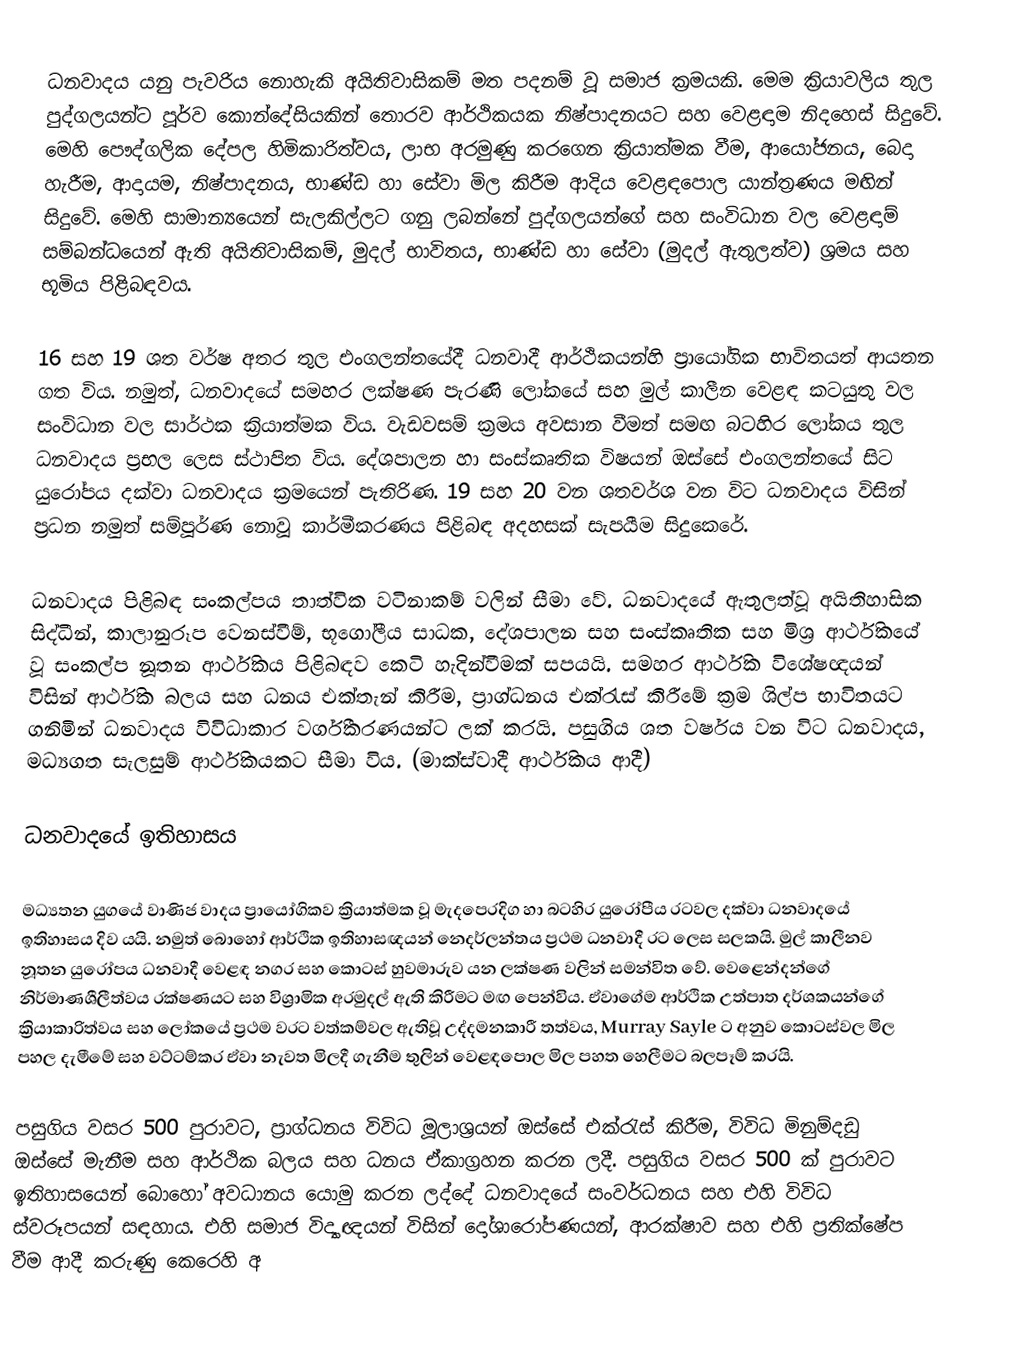
ධනවාදය යනු පැවරිය නොහැකි අයිතිවාසිකම් මත පදනම් වූ සමාජ ක්‍රමයකි.  මෙම ක්‍රියාවලිය තුල පුද්ගලයන්ට පූර්ව කොන්දේසියකින් තොරව ආර්ථිකයක නිෂ්පාදනයට සහ වෙළඳාම නිදහ‍ෙස් සිදුවේ.  මෙහි පෞද්ගලික දේපල හිමිකාරිත්වය, ලාභ අරමුණු කරගෙන ක්‍රියාත්මක වීම, ආයෝජනය, බෙදා හැරීම, ආදායම, නිෂ්පාදනය, භාණ්ඩ හා සේවා මිල කිරීම ආදිය වෙළඳපොල යාන්ත්‍රණය මඟින් සිදුවේ.  මෙහි සාමාන්‍යයෙන් සැලකිල්ලට ගනු ලබන්නේ පුද්ගලයන්ගේ සහ සංවිධාන වල වෙළඳාම් සම්බන්ධයෙන් ඇති අයිතිවාසිකම්, මුදල් භාවිතය, භාණ්ඩ හා සේවා (මුදල් ඇතුලත්ව) ශ්‍රමය සහ භූමිය පිළිබඳවය.

16 සහ 19 ශත වර්ෂ අතර තුල එංගලන්තයේදී ධනවාදී ආර්ථිකයන්හි ප්‍රායෝගික භාවිතයත් ආයතන ගත විය.  නමුත්, ධනවාදයේ සමහර ලක්ෂණ පැරණි ලෝකයේ සහ මුල් කාලීන වෙළඳ කටයුතු වල සංවිධාන වල සාර්ථක ක්‍රියාත්මක විය.  වැඩවසම් ක්‍රමය අවසාන වීමත් සමඟ බටහිර ලෝකය තුල ‍ධනවාදය ප්‍රභල ලෙස ස්ථාපිත විය.   දේශපාලන හා සංස්කෘතික විෂයන් ඔස්සේ එංගලන්තයේ සිට යුරෝපය දක්වා ධනවාදය ක්‍රමයෙන් පැතිරිණ.  19 සහ 20 වන ශතවර්ශ වන විට ධනවාදය විසින් ප්‍රධන නමුත් සම්පූර්ණ නොවූ කාර්මීකරණය පිළිබඳ අදහසක් සැපයීම සිදුකෙරේ.

ධනවාදය පිළිබඳ සංකල්පය තාත්වික වටිනාකම් වලින් සීමා වේ.  ධනවාදයේ ඇතුලත්වූ අයිතිහාසික සිද්ධීන්, කාලානුරූප වෙනස්වීම්, භූගෝලීය සාධක, දේශපාලන සහ සංස්කෘතික සහ මිශ්‍ර ආර්ථිකයේ වූ සංකල්ප නූතන ආර්ථිකය පිළිබඳව කෙටි හැදින්වීමක් සපයයි.  සමහර ආර්ථික විශේෂඥයන් විසින් ආර්ථික බලය සහ ධනය එක්තැන් කිරීම, ප්‍රාග්ධනය එක්රැස් කිරීමේ ක්‍රම ශිල්ප භාවිතයට ගනිමින් ධනවාදය විවිධාකාර වර්ගීකරණයන්ට ලක් කරයි.  පසුගිය ශත වර්ෂය වන විට ධනවාදය, මධ්‍යගත සැලසුම් ආර්ථිකයකට සීමා විය.  (මාක්ස්වාදී ආර්ථිකය ආදී)

ධනවාදයේ ඉතිහාසය

මධ්‍යතන යුගයේ වාණිජ වාදය ප්‍රායෝගිකව ක්‍රියාත්මක වූ මැදපෙරදිග හා බටහිර යුරෝපීය රටවල දක්වා ධනවාදයේ ඉතිහාසය දිව යයි.  නමුත් බොහෝ ආර්ථික ඉතිහාසඥයන් නෙදර්ලන්තය ප්‍රථම ධනවාදී රට ලෙස සලකයි.  මුල් කාලීනව නූතන යුරෝපය ධනවාදී වෙළඳ නගර සහ කොටස් හුවමාරුව යන ලක්ෂණ වලින් සමන්විත වේ.  වෙළෙන්දන්ගේ නිර්මාණශීලීත්වය රක්ෂණයට සහ විශ්‍රාමික අරමුදල් ඇති කිරීමට මඟ පෙන්විය.  ඒවාගේම ආර්ථික උත්පාත දර්ශකයන්ගේ ක්‍රියාකාරිත්වය සහ ලෝකයේ ප්‍රථම වරට වත්කම්වල ඇතිවූ උද්දමනකාරී තත්වය, Murray Sayle ට අනුව කොටස්වල මිල පහල දැමීමේ සහ වට්ටම්කර ඒවා නැවත මිලදී ගැනීම තුලින් වෙළඳපොල මිල පහත හෙලීමට බලපෑම් කරයි.

පසුගිය වසර 500 පුරාවට, ප්‍රාග්ධනය විවිධ මූලාශ්‍රයන් ඔස්සේ එක්රැස් කිරීම, විවිධ මිනුම්දඩු ඔස්සේ මැනීම සහ ආර්ථික බලය සහ ධනය ඒකාග්‍රහන කරන ලදී.  පසුගිය වසර 500 ක් පුරාවට ඉතිහාසයෙන් බොහෝ අවධානය යොමු කරන ලද්දේ ධනවා‍දයේ සංවර්ධනය සහ එහි විවිධ ස්වරූපයන් සඳහාය.  එහි සමාජ විද්‍යාඥයන් විසින් දෝශාරෝපණයන්, ආරක්ෂාව සහ එහි ප්‍රතික්ෂේප වීම ආදී කරුණු කෙරෙහි අ